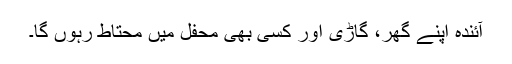
آئندہ اپنے گھر، گاڑی اور کسی بھی محفل میں محتاط رہوں گا۔